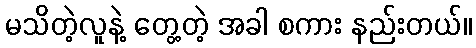
မသိတဲ့လူနဲ့ တွေ့တဲ့ အခါ စကား နည်းတယ်။